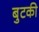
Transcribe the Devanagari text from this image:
बुटकी